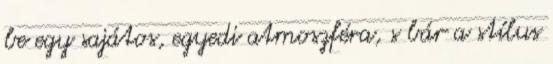
be egy sajátos, egyedi atmoszféra, s bár a stílus